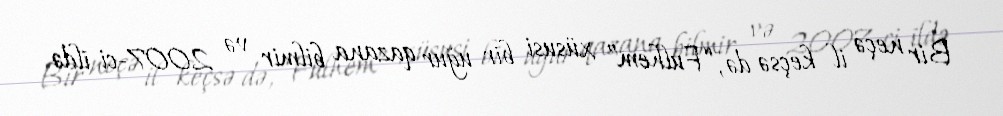
Bir neçə il keçsə də, “Fulhem” xüsusi bir uğur qazana bilmir və 2007-ci ildə